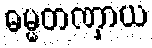
ဓမ္မတဏှာယ